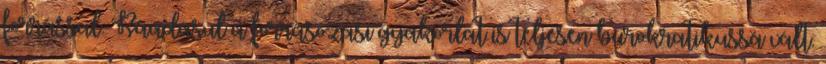
forrással. Ráadásul a forrásozási gyakorlat is teljesen bürokratikussá vált.